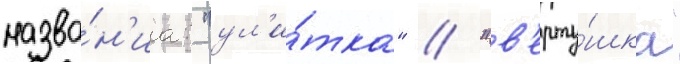
назва́н'иа: "ул'и́тка" / "в'ерту́шка"